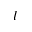
l